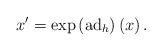
LaTeX: \begin{align*}x'=\exp \left(\operatorname{ad}_h\right)\left(x\right).\end{align*}